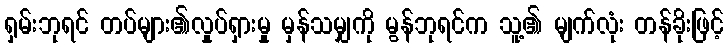
ရှမ်းဘုရင် တပ်များ၏လှုပ်ရှားမှု မှန်သမျှကို မွန်ဘုရင်က သူ့၏ မျက်လုံး တန်ခိုးဖြင့်